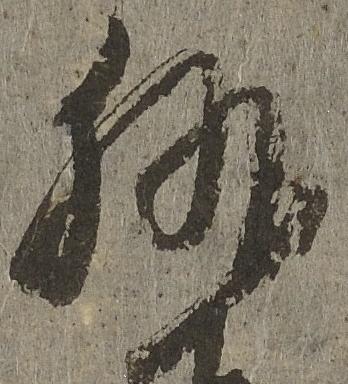
執